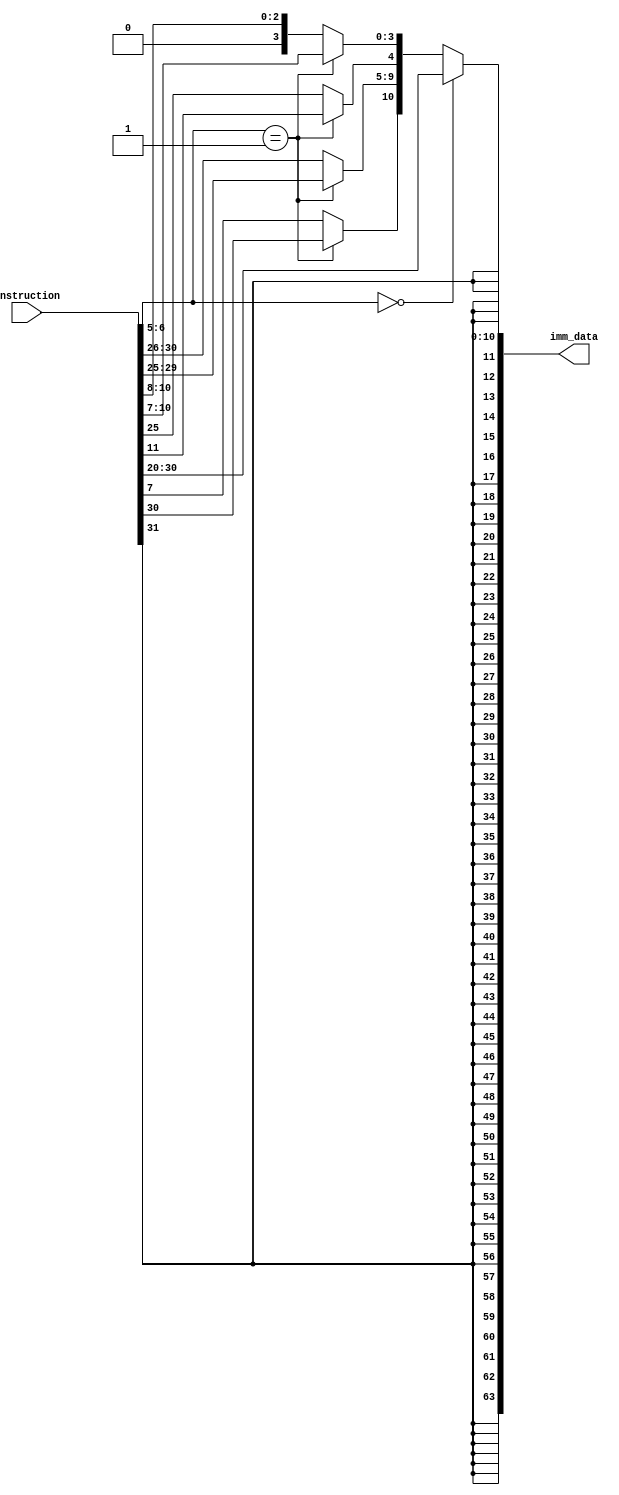
module Imm_data_gen(instruction, imm_data);
  
  input [31:0] instruction;
  output reg [63:0] imm_data;
  
  always @(instruction) begin
  if (instruction[6:5]==2'b00) begin
  imm_data[11:0] = instruction[31:20];
  end
  else if (instruction[6:5]==2'b01) begin
    imm_data[11:5] = instruction[31:25];
  
    imm_data[4:0] = instruction[11:7];
  end
  else begin
    imm_data[11] = instruction[31];
    imm_data[9:4] = instruction[30:25];
    imm_data[3:0] = instruction[10:8];
    imm_data[10] = instruction[7];
  end
   imm_data[63:12] = {52{imm_data[11]}};
  end
    endmodule